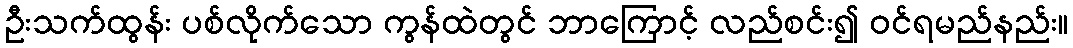
ဦးသက်ထွန်း ပစ်လိုက်သော ကွန်ထဲတွင် ဘာကြောင့် လည်စင်း၍ ဝင်ရမည်နည်း။